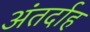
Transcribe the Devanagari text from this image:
अंतर्दाह